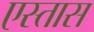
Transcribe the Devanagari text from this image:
एस्तास